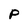
Character: p